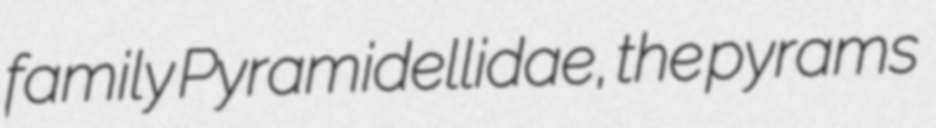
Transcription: family Pyramidellidae, the pyrams